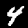
Digit: 4